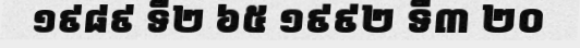
១៩៨៩ ទី២ ៦៥ ១៩៩២ ទី៣ ២០